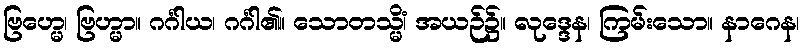
ဗြဟ္မေ၊ ဗြဟ္မာ။ ဂင်္ဂါယ၊ ဂင်္ဂါ၏။ သောတသ္မိံ၊ အယဉ်၌။ လုဒ္ဒေန၊ ကြမ်းသော။ နာဂေန၊